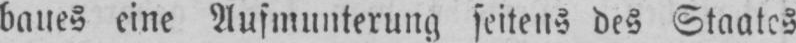
baues eine Aufmunterung seitens des Staates